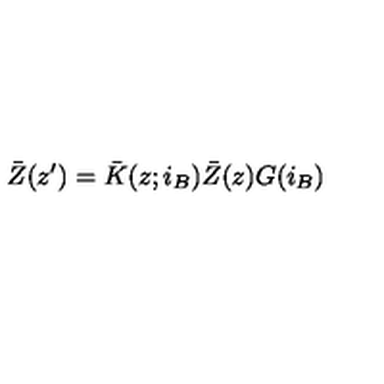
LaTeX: \bar { Z } ( z ^ { \prime } ) = \bar { K } ( z ; i _ { B } ) \bar { Z } ( z ) G ( i _ { B } )